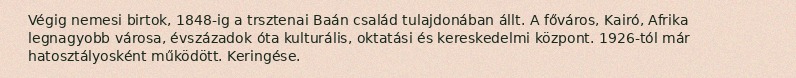
Végig nemesi birtok, 1848-ig a trsztenai Baán család tulajdonában állt. A főváros, Kairó, Afrika legnagyobb városa, évszázadok óta kulturális, oktatási és kereskedelmi központ. 1926-tól már hatosztályosként működött. Keringése.